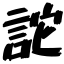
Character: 詑